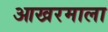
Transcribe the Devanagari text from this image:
आखरमाला